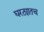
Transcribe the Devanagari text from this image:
घरट्यातच